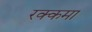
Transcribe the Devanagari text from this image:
रक्कमा